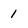
Character: 1